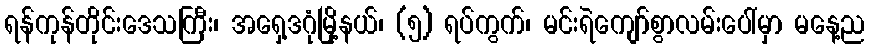
ရန်ကုန်တိုင်းဒေသကြီး၊ အရှေ့ဒဂုံမြို့နယ်၊ (၅) ရပ်ကွက်၊ မင်းရဲကျော်စွာလမ်းပေါ်မှာ မနေ့ည